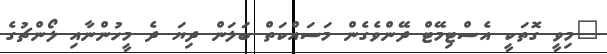
"މިވީ ގޮތަކީ އެސްޓިމޭޓް ދޭންވެގެން މަސައްކަތް ބަލަން ދިޔަ ދެ މީހުންނާއި ލޯންޗުގެ